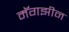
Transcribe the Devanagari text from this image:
मॅगझीन